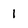
Character: 1